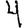
Digit: 4